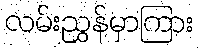
လမ်းညွှန်မှာကြား